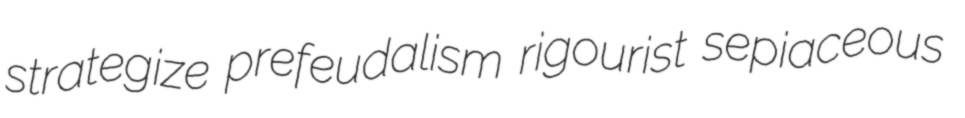
strategize prefeudalism rigourist sepiaceous